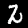
Label: 2